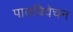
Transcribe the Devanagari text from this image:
पातविवेचन